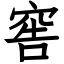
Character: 窖